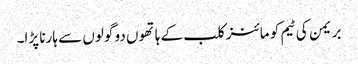
بریمن کی ٹیم کو مائنز کلب کے ہاتھوں دو گولوں سے ہارنا پڑا۔